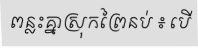
ពន្លះគ្នាស្រុកព្រៃនប់ ៖ បើ